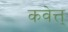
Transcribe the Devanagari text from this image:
कवेत्त्